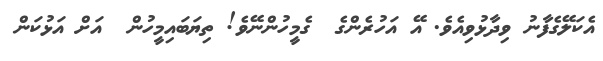
އެކަލޭގެފާނު ވިދާޅުވިއެވެ. އޭ އަހުރެންގެ  ގެމީހުންނޭވެ! ތިޔަބައިމީހުން  އަށް އަޅުކަން